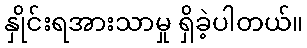
နှိုင်းရအားသာမှု ရှိခဲ့ပါတယ်။